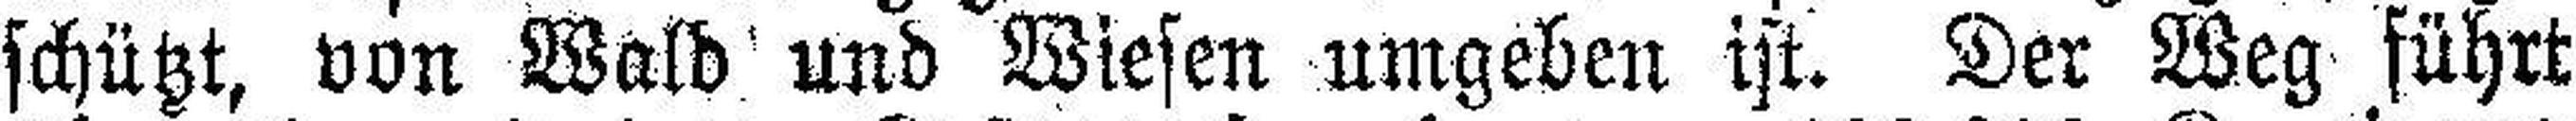
schützt, von Wald und Wiesen umgeben ist. Der Weg führt